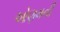
ઓણમની